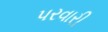
પરવારી